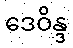
ဒေဝိန္ဒ